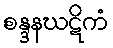
စန္ဒနဃဋိကံ